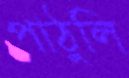
পাঠুলি